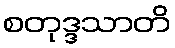
စတုဒ္ဒသာတိ